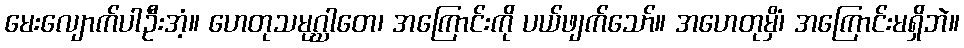
မေးလျောက်ပါဦးအံ့။ ဟေတုသမုဂ္ဃာတေ၊ အကြောင်းကို ပယ်ဖျက်သော်။ အဟေတုမှိံ၊ အကြောင်းမရှိဘဲ။